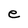
Character: e